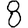
Digit: 8